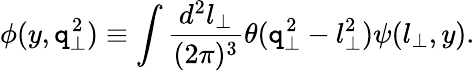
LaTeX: \phi(y,\mathtt{q}_{\perp}^{2})\equiv\int{\frac{{d^{2}l_{\perp}}}{{(2\pi)^{3}}}}\theta(\mathtt{q}_{\perp}^{2}-l_{\perp}^{2})\psi(l_{\perp},y).